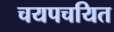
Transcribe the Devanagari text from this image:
चयपचयित